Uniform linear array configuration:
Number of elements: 8
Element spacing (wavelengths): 0.5
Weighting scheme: uniform
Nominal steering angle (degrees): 15
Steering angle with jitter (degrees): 13.56
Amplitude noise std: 0.05
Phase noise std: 0.05

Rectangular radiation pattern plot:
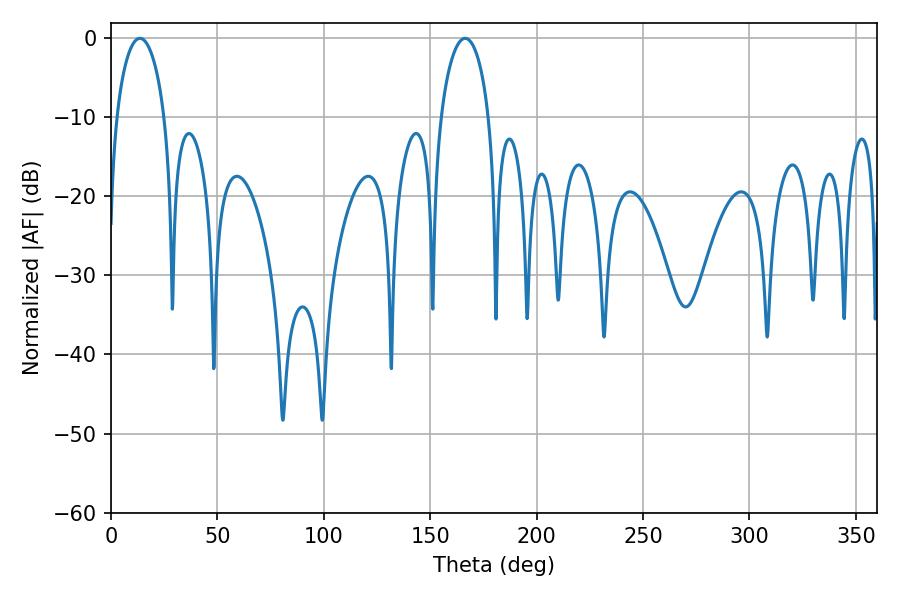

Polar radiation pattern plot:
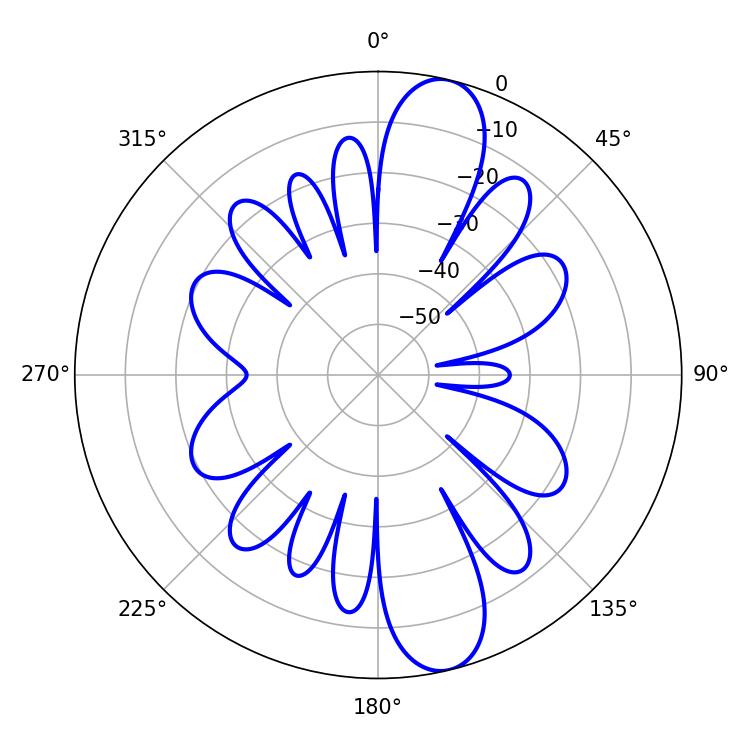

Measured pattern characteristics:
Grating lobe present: FALSE
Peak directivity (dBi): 12.389
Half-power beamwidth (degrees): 12.96
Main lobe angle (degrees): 13.5